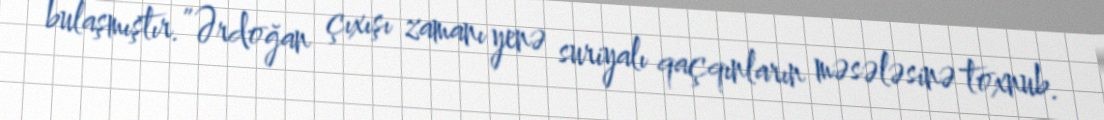
bulaşmıştır.”Ərdoğan çıxışı zamanı yenə suriyalı qaçqınların məsələsinə toxnub.